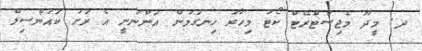
ދ. މީދޫ މެޖިސްޓްރޭޓް ކޯޓު މިހާރު ހިނގަމުން އަންނަނީ އެ ރަށު ކައުންސިލް